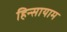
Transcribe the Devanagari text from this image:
हिन्सायाम